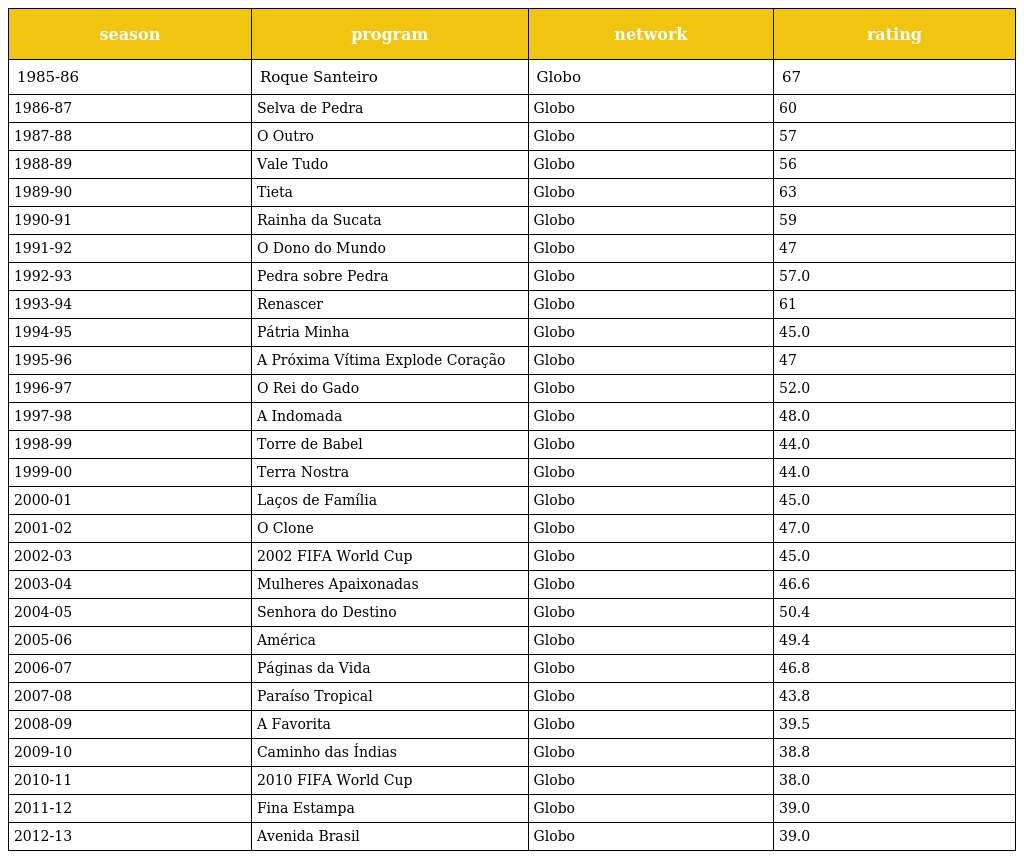
| season | program | network | rating |
 | --- | --- | --- | --- |
 | 1985-86 | Roque Santeiro | Globo | 67 |
 | 1986-87 | Selva de Pedra | Globo | 60 |
 | 1987-88 | O Outro | Globo | 57 |
 | 1988-89 | Vale Tudo | Globo | 56 |
 | 1989-90 | Tieta | Globo | 63 |
 | 1990-91 | Rainha da Sucata | Globo | 59 |
 | 1991-92 | O Dono do Mundo | Globo | 47 |
 | 1992-93 | Pedra sobre Pedra | Globo | 57.0 |
 | 1993-94 | Renascer | Globo | 61 |
 | 1994-95 | Pátria Minha | Globo | 45.0 |
 | 1995-96 | A Próxima Vítima Explode Coração | Globo | 47 |
 | 1996-97 | O Rei do Gado | Globo | 52.0 |
 | 1997-98 | A Indomada | Globo | 48.0 |
 | 1998-99 | Torre de Babel | Globo | 44.0 |
 | 1999-00 | Terra Nostra | Globo | 44.0 |
 | 2000-01 | Laços de Família | Globo | 45.0 |
 | 2001-02 | O Clone | Globo | 47.0 |
 | 2002-03 | 2002 FIFA World Cup | Globo | 45.0 |
 | 2003-04 | Mulheres Apaixonadas | Globo | 46.6 |
 | 2004-05 | Senhora do Destino | Globo | 50.4 |
 | 2005-06 | América | Globo | 49.4 |
 | 2006-07 | Páginas da Vida | Globo | 46.8 |
 | 2007-08 | Paraíso Tropical | Globo | 43.8 |
 | 2008-09 | A Favorita | Globo | 39.5 |
 | 2009-10 | Caminho das Índias | Globo | 38.8 |
 | 2010-11 | 2010 FIFA World Cup | Globo | 38.0 |
 | 2011-12 | Fina Estampa | Globo | 39.0 |
 | 2012-13 | Avenida Brasil | Globo | 39.0 |